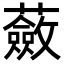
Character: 蘞